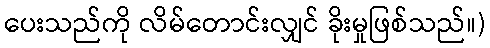
ပေးသည်ကို လိမ်တောင်းလျှင် ခိုးမှုဖြစ်သည်။)